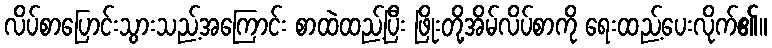
လိပ်စာပြောင်းသွားသည့်အကြောင်း စာထဲထည့်ပြီး ဖြိုးတို့အိမ်လိပ်စာကို ရေးထည့်ပေးလိုက်၏။